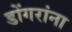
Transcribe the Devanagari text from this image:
डोंगरांना